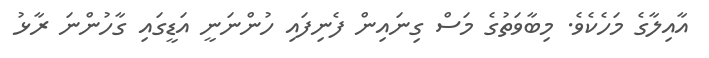
އާއިލާގެ މަހެކެވެ. މިބާވަތުގެ މަސް ގިނައިން ފެނިފައި ހުންނަނީ އަޑީގައި ގާހުންނަ ރާޅު